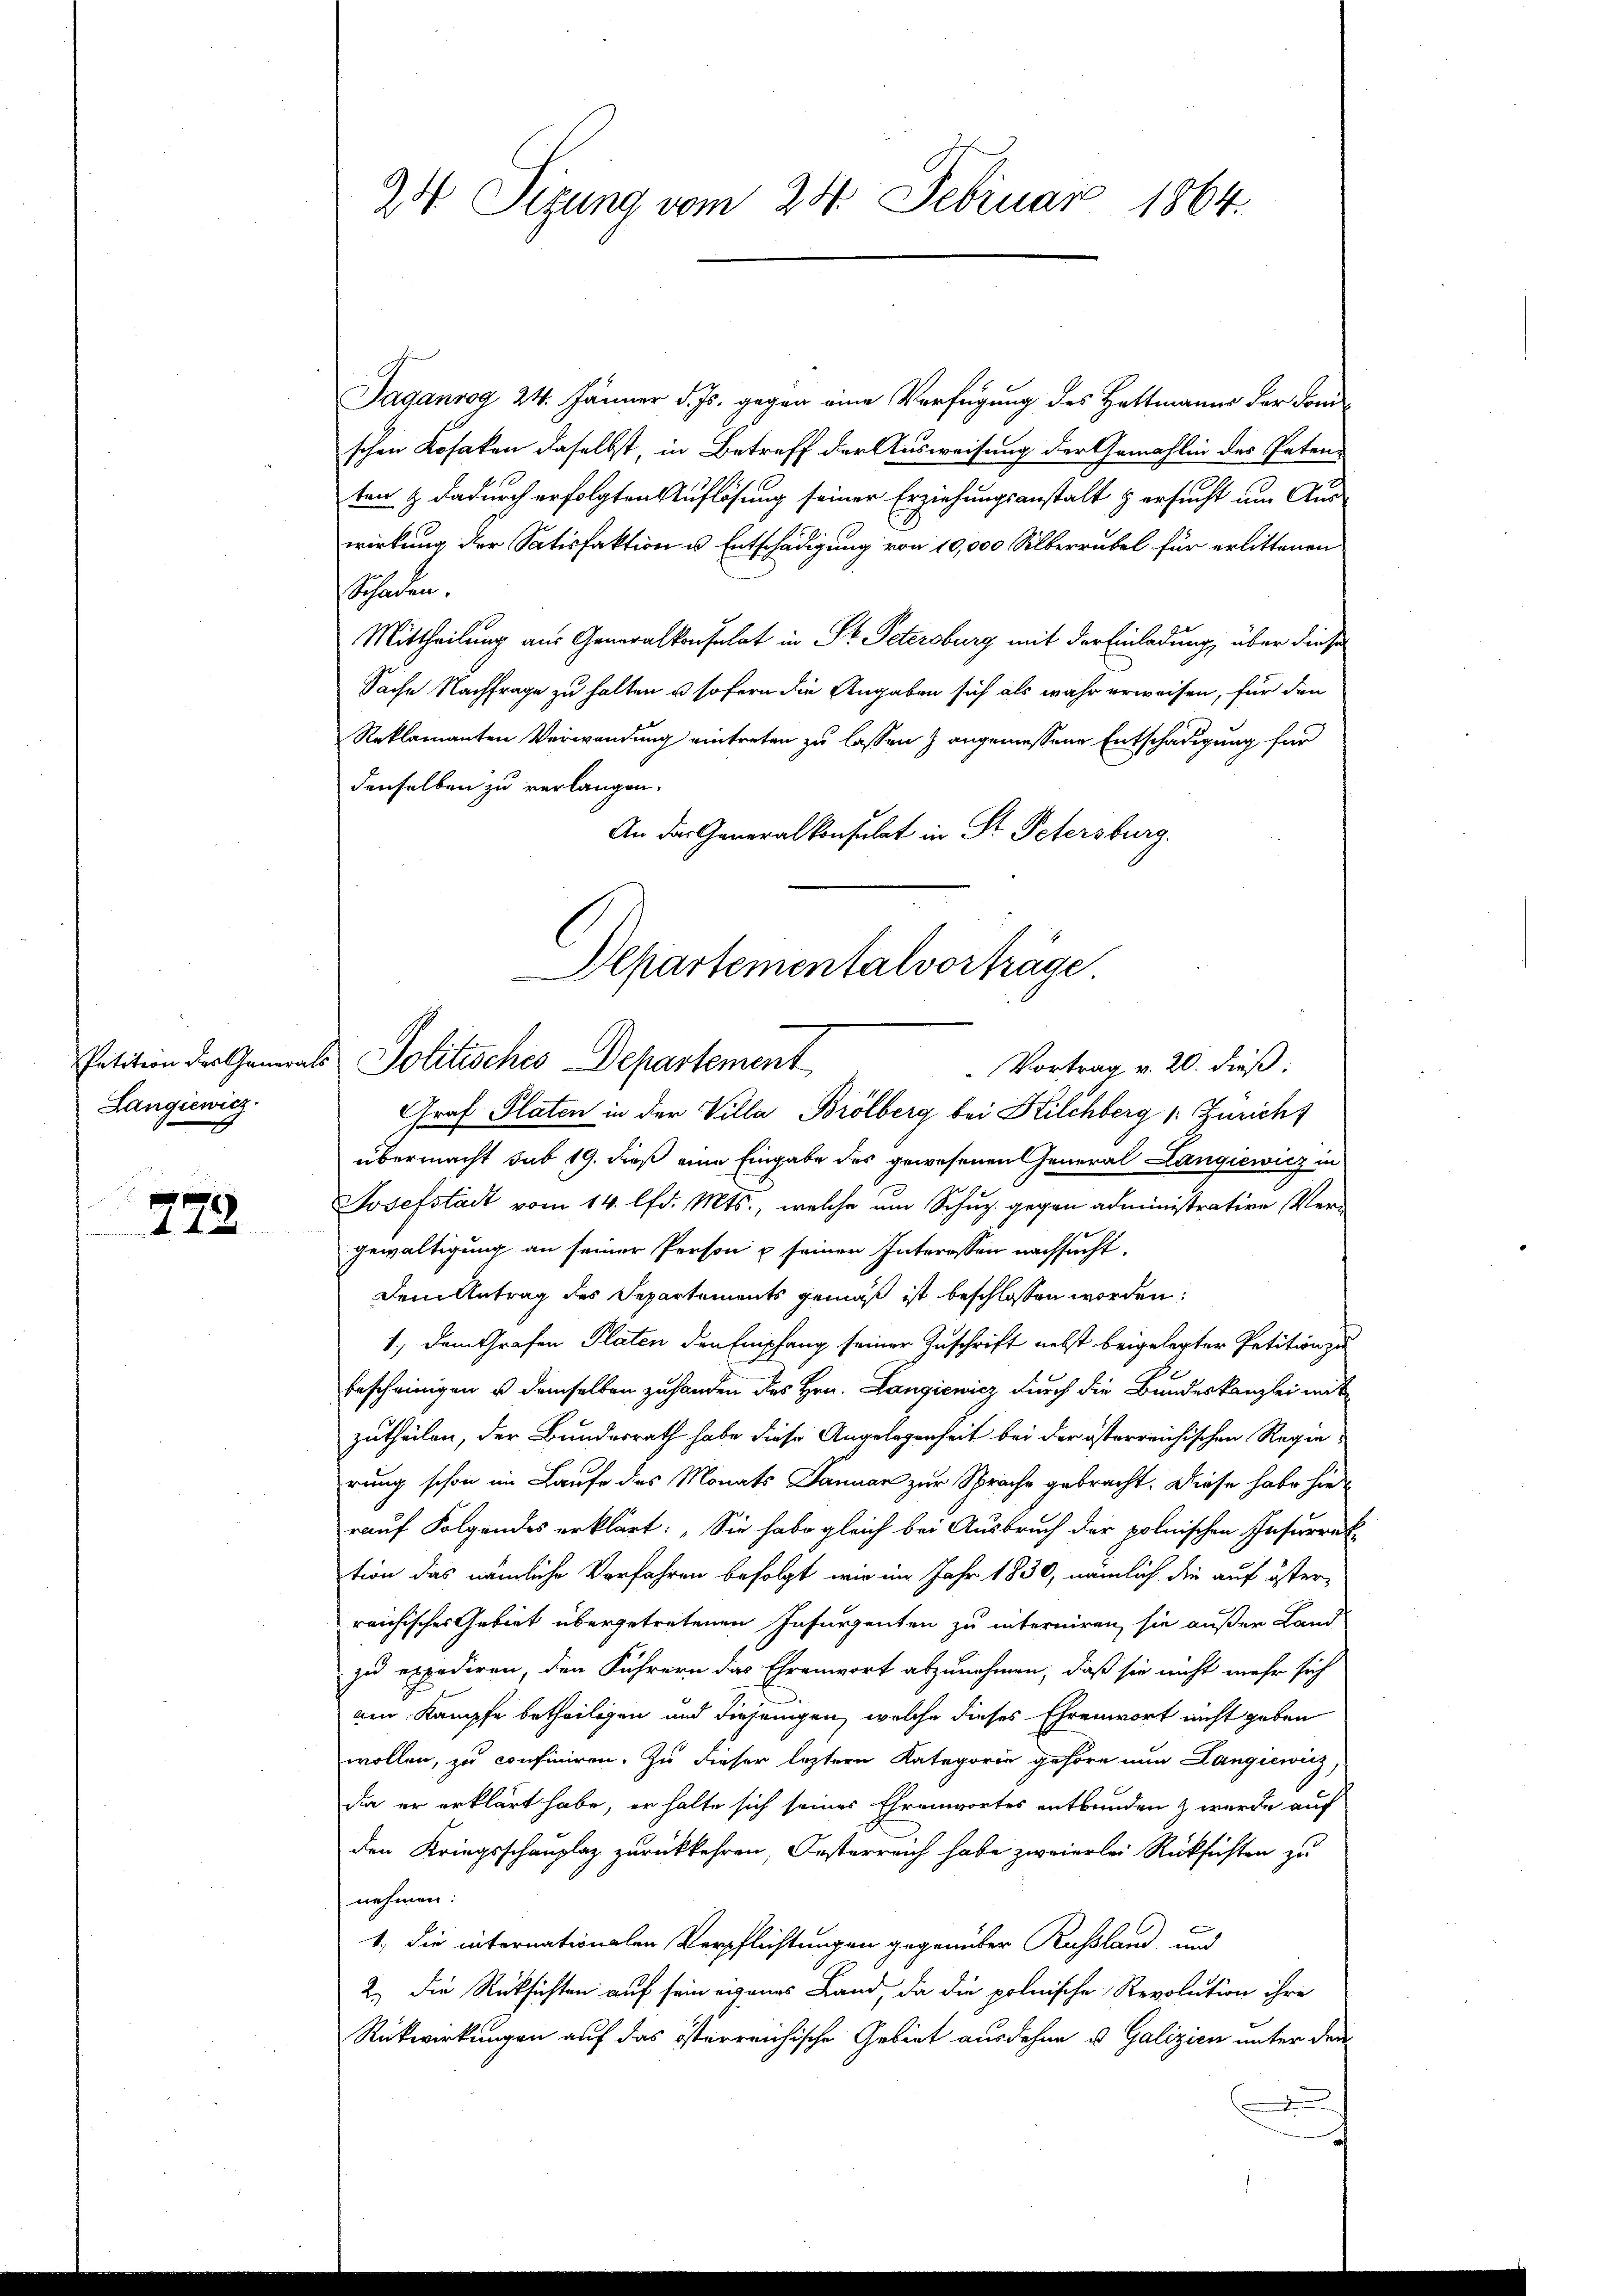
Langiewicz

)

24 Sizung vom 24. Februar 1864.

Taganrog 24. Jänner d. Js. gegen eine Verfügung des Hattmanns der Somschen Kosaken daselbst, in Betreff der Ausweisung der Gemahlin des Paten-
ten & dadurch erfolgten Auflösung seiner Erziehungsanstalt zersucht um Auswirkung der Satisfaktion u. Entschädigung von 10,000 Silberrubel für erlittenen
Schaden.
Mittheilung aus Generalkonsulat in St. Petersburg mit der Einladung, über diese
Sache Nachfrage zu halten u sofern die Angaben sich als wahr erweisen, für den
Reklamanten Verwendung eintreten zu lassen angemessene Entschädigung für
denselben zu verlangen.
An das Generalkonsulat in Dr. Petersburg.
Graf Platen in der Villa Brölberg bei Kilchberg v. Züricht
übermacht sub 19. dieß eine Eingabe des gewesenen General Langiewicz in
Josefstädt vom 14. lfd. Mts., welche um Schug gegen administrative Vergewaltigung an seiner Person u seinen Interessen nachsucht,
Dem Antrag des Separtements gemäß ist beschlossen worden:
1.) Dem Grafen Platen den Empfang seiner Zuschrift nebst beigelegter Petition zu
bescheinigen u demselben zuhanden des Hrn. Langiewicz durch die Bundeskanzlei mit
zutheilen, der Bundesrath habe diese Angelegenheit bei der österreichischen Regierung schon im Laufe des Monats Januar zur Sprache gebracht. Diese habe hierauf Folgendes erklärt: „Sie habe gleich bei Ausbruch der polnischen Insurrak-
tion das nämliche Verfahren befolgt wir im Jahr 1830, nämlich die auf österreichisches Gebiet übergetretenen Insurgenten zu interniren, sie außer Land
zu expediren, den Führern das Ehrenwort abzunehmen, daß sie nicht mehr sich
amn Kampfe betheiligen und diejenigen, welche dieses Ehrenwort nicht geben
wollen, zu confiniren. Zu dieser leztern Kategorie gehöre nun Langiewicz,
dia er erklärt habe, er halte sich seines Ehrenwortes entbunden & wurde auf
den Kriegsschenplaz zurückkehren, Oesterreich habe zweierlei Rücksichten zu
nehmen:
1.) Die internationalen Verpflichtungen gegenüber Russland, und
2.) Die Rücksichten auf sein eigenes Land, da die polnische Revolution ihre
Rückwirkungen auf das österreichische Gebiet ausdehne u. Galizien unter den

Departementalvorträge
Petition der Generals Politisches Departement
Vortrag v. 20. dieß: